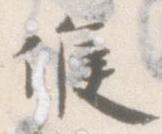
候